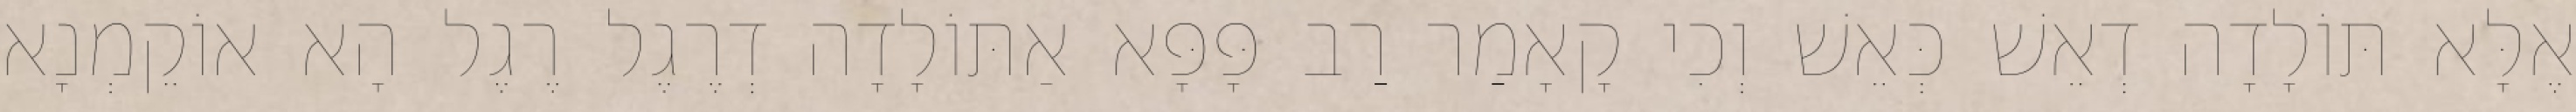
אֶלָּא תּוֹלָדָה דְאֵשׁ כְּאֵשׁ וְכִי קָאָמַר רַב פָּפָּא אַתּוֹלָדָה דְרֶגֶל רֶגֶל הָא אוֹקֵמְנָא